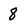
Character: 8